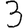
Digit: 3